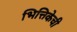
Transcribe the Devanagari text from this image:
भित्तिकेची